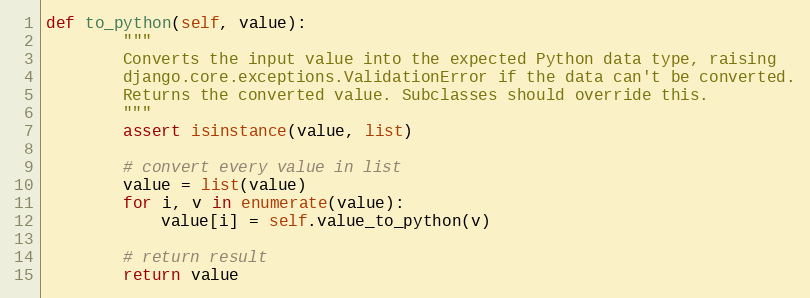
Language: Python
def to_python(self, value):
        """
        Converts the input value into the expected Python data type, raising
        django.core.exceptions.ValidationError if the data can't be converted.
        Returns the converted value. Subclasses should override this.
        """
        assert isinstance(value, list)

        # convert every value in list
        value = list(value)
        for i, v in enumerate(value):
            value[i] = self.value_to_python(v)

        # return result
        return value